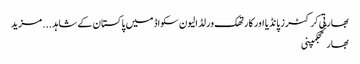
بھارتی کرکٹرز پانڈیا اور کارتھک ورلڈ الیون سکواڈ میں پاکستان کے شاہد ... مزید
بھارتحجکمپنی